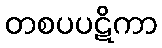
တစပပဋိကာ